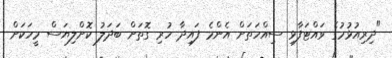
"ދިރިއުޅުމުގެ ވައްޓަފާޅި ސިއްހަތަށް އެންމެ ފައިދާ ހުރި ގޮތަށް ބަދަލު ކޮށްލިޔަސް މީހަކަށް